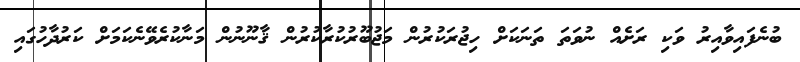
ބުނެފައިވާއިރު ވަކި ރަށެއް ނުވަތަ ތަނަކަށް ހިޖުރަކުރުން މަޖުބޫރުކުރާކުރުން ޤާނޫނުން މަނާކުރެވޭނެކަމަށް ކަރުދާހުގައި